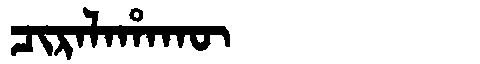
Manchu: ᠴᡳᡵᠠᠯᠠᡥᠠᡴᡡ
Romanization: CIRALAHAKŪ